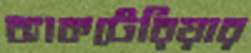
ব্যাকটেরিয়ার